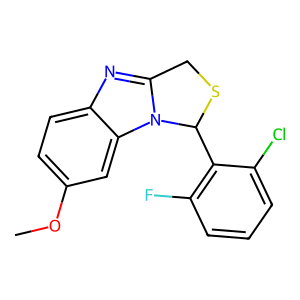
SMILES: COc1ccc2nc3n(c2c1)C(c1c(F)cccc1Cl)SC3
Inhibits HIV replication: No